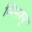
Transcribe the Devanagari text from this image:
मिनश्यू